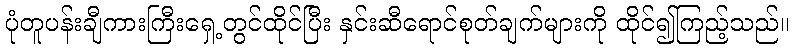
ပုံတူပန်းချီကားကြီးရှေ့တွင်ထိုင်ပြီး နှင်းဆီရောင်စုတ်ချက်များကို ထိုင်၍ကြည့်သည်။